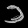
Digit: ၁